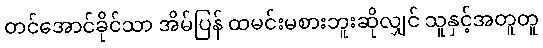
တင်အောင်ခိုင်သာ အိမ်ပြန် ထမင်းမစားဘူးဆိုလျှင် သူနှင့်အတူတူ